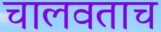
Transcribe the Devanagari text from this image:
चालवताच